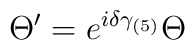
\Theta '= e^{i \delta \gamma_{(5)}} \Theta